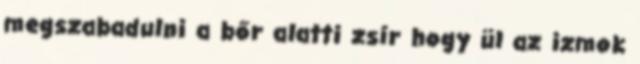
megszabadulni a bőr alatti zsír hogy ül az izmok